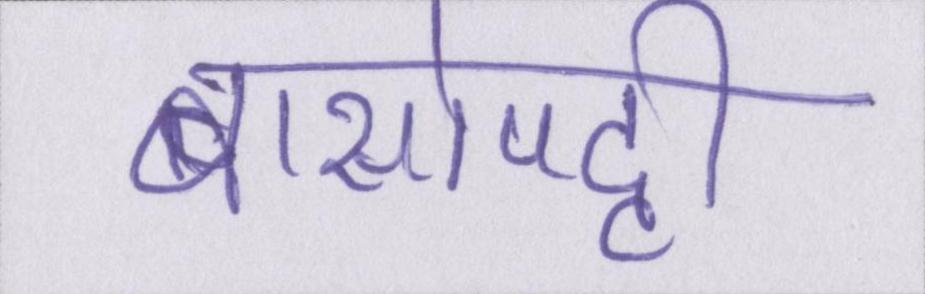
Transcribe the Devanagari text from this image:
बासोपट्टी